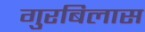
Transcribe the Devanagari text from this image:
गुरबिलास